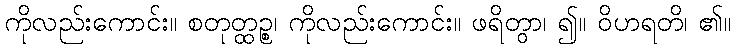
ကိုလည်းကောင်း။ စတုတ္ထဉ္စ၊ ကိုလည်းကောင်း။ ဖရိတွာ၊ ၍။ ဝိဟရတိ၊ ၏။